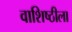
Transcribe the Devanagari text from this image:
वाशिष्ठीला